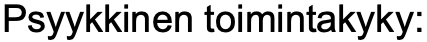
Psyykkinen toimintakyky: